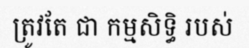
ត្រូវតែ ជា កម្មសិទ្ធិ របស់